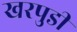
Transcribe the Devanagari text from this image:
खरपुडी